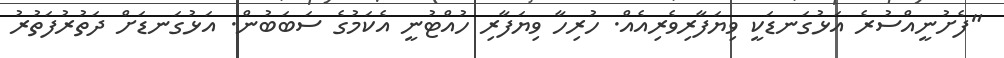
"ފެށުނީއްސުރެ އަޅުގަނޑަކީ ވިޔަފާރިވެރިއެއް. ހުރިހާ ވިޔަފާރި ހުއްޓުނީ އެކަމުގެ ސަބަބުން. އަޅުގަނޑަށް ދަތުރުފަތުރު